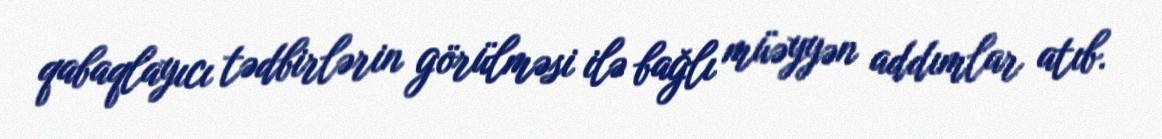
qabaqlayıcı tədbirlərin görülməsi ilə bağlı müəyyən addımlar atıb.